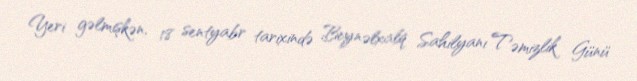
Yeri gəlmişkən, 18 sentyabr tarixində Beynəlxalq Sahilyanı Təmizlik Günü